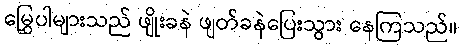
မြွှေပါများသည် ဖျိုးခနဲ ဖျတ်ခနဲပြေးသွား နေကြသည်။